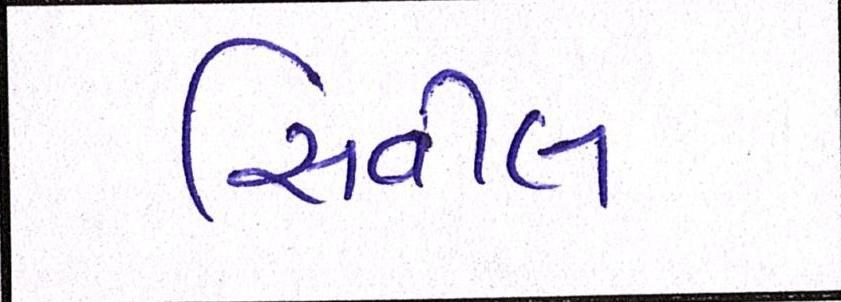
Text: સિવીલ